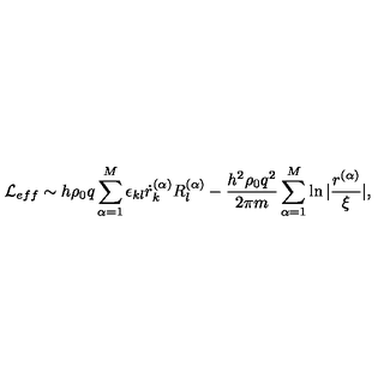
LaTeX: { \mathcal L } _ { e f f } \sim h \rho _ { 0 } q \sum _ { \alpha = 1 } ^ { M } \epsilon _ { k l } \dot { r } _ { k } ^ { ( \alpha ) } R _ { l } ^ { ( \alpha ) } - \frac { h ^ { 2 } \rho _ { 0 } q ^ { 2 } } { 2 \pi m } \sum _ { \alpha = 1 } ^ { M } \ln | \frac { r ^ { ( \alpha ) } } { \xi } | ,